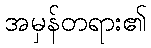
အမှန်တရား၏